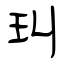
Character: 㺩